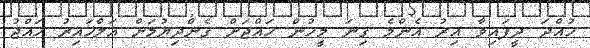
ހުއްދަ ދީފައިވާ އިރު އެންމެ ގިނަ މީހުން ހައްޖަށް ގެންދިޔުމަށް އަލްޚައިރު ހައްޖު